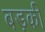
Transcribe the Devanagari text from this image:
बड़की